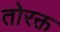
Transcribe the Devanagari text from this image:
तोरक्त